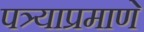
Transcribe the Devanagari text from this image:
पत्र्याप्रमाणे